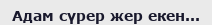
Адам сүрер жер екен...